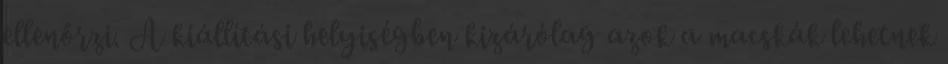
ellenőrzi. A kiállítási helyiségben kizárólag azok a macskák lehetnek